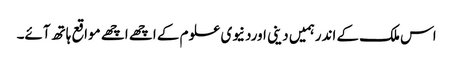
اس ملک کے اندرہمیں دینی اوردنیوی علوم کے اچھے اچھے مواقع ہاتھ آئے۔